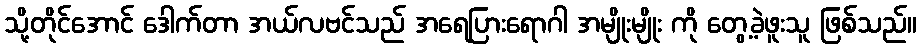
သို့တိုင်အောင် ဒေါက်တာ အယ်လဗင်သည် အရေပြားရောဂါ အမျိုးမျိုး ကို တွေ့ခဲ့ဖူးသူ ဖြစ်သည်။